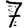
Digit: 7